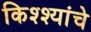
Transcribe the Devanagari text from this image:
किश्श्यांचे